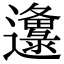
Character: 邍